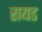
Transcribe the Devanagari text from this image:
रायड